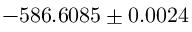
- 5 8 6 . 6 0 8 5 \pm 0 . 0 0 2 4